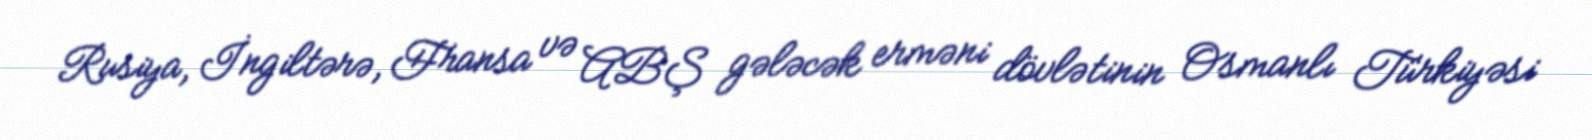
Rusiya, İngiltərə, Fransa və ABŞ gələcək erməni dövlətinin Osmanlı Türkiyəsi